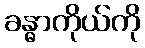
ခန္ဓာကိုယ်ကို